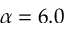
\alpha = 6 . 0